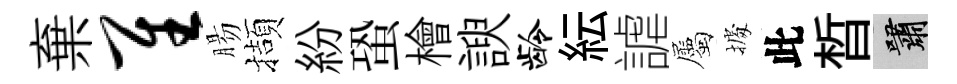
棄隹腸擷紛蛩檜諛龄紜謔屬𢴃此晳嘯